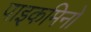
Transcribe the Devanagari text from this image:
पाइकमिनो